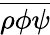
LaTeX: \overline{{\rho\phi\psi}}